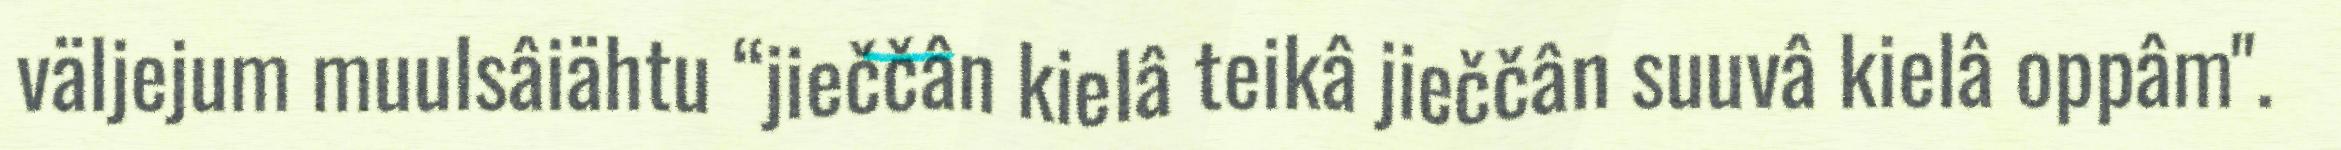
väljejum muulsâiähtu “jieččân kielâ teikâ jieččân suuvâ kielâ oppâm".